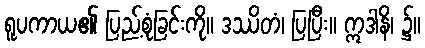
ရူပကာယ၏ ပြည့်စုံခြင်းကို။ ဒဿိတံ၊ ပြပြီး။ ဣဒါနိ၊ ၌။